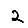
Digit: 2